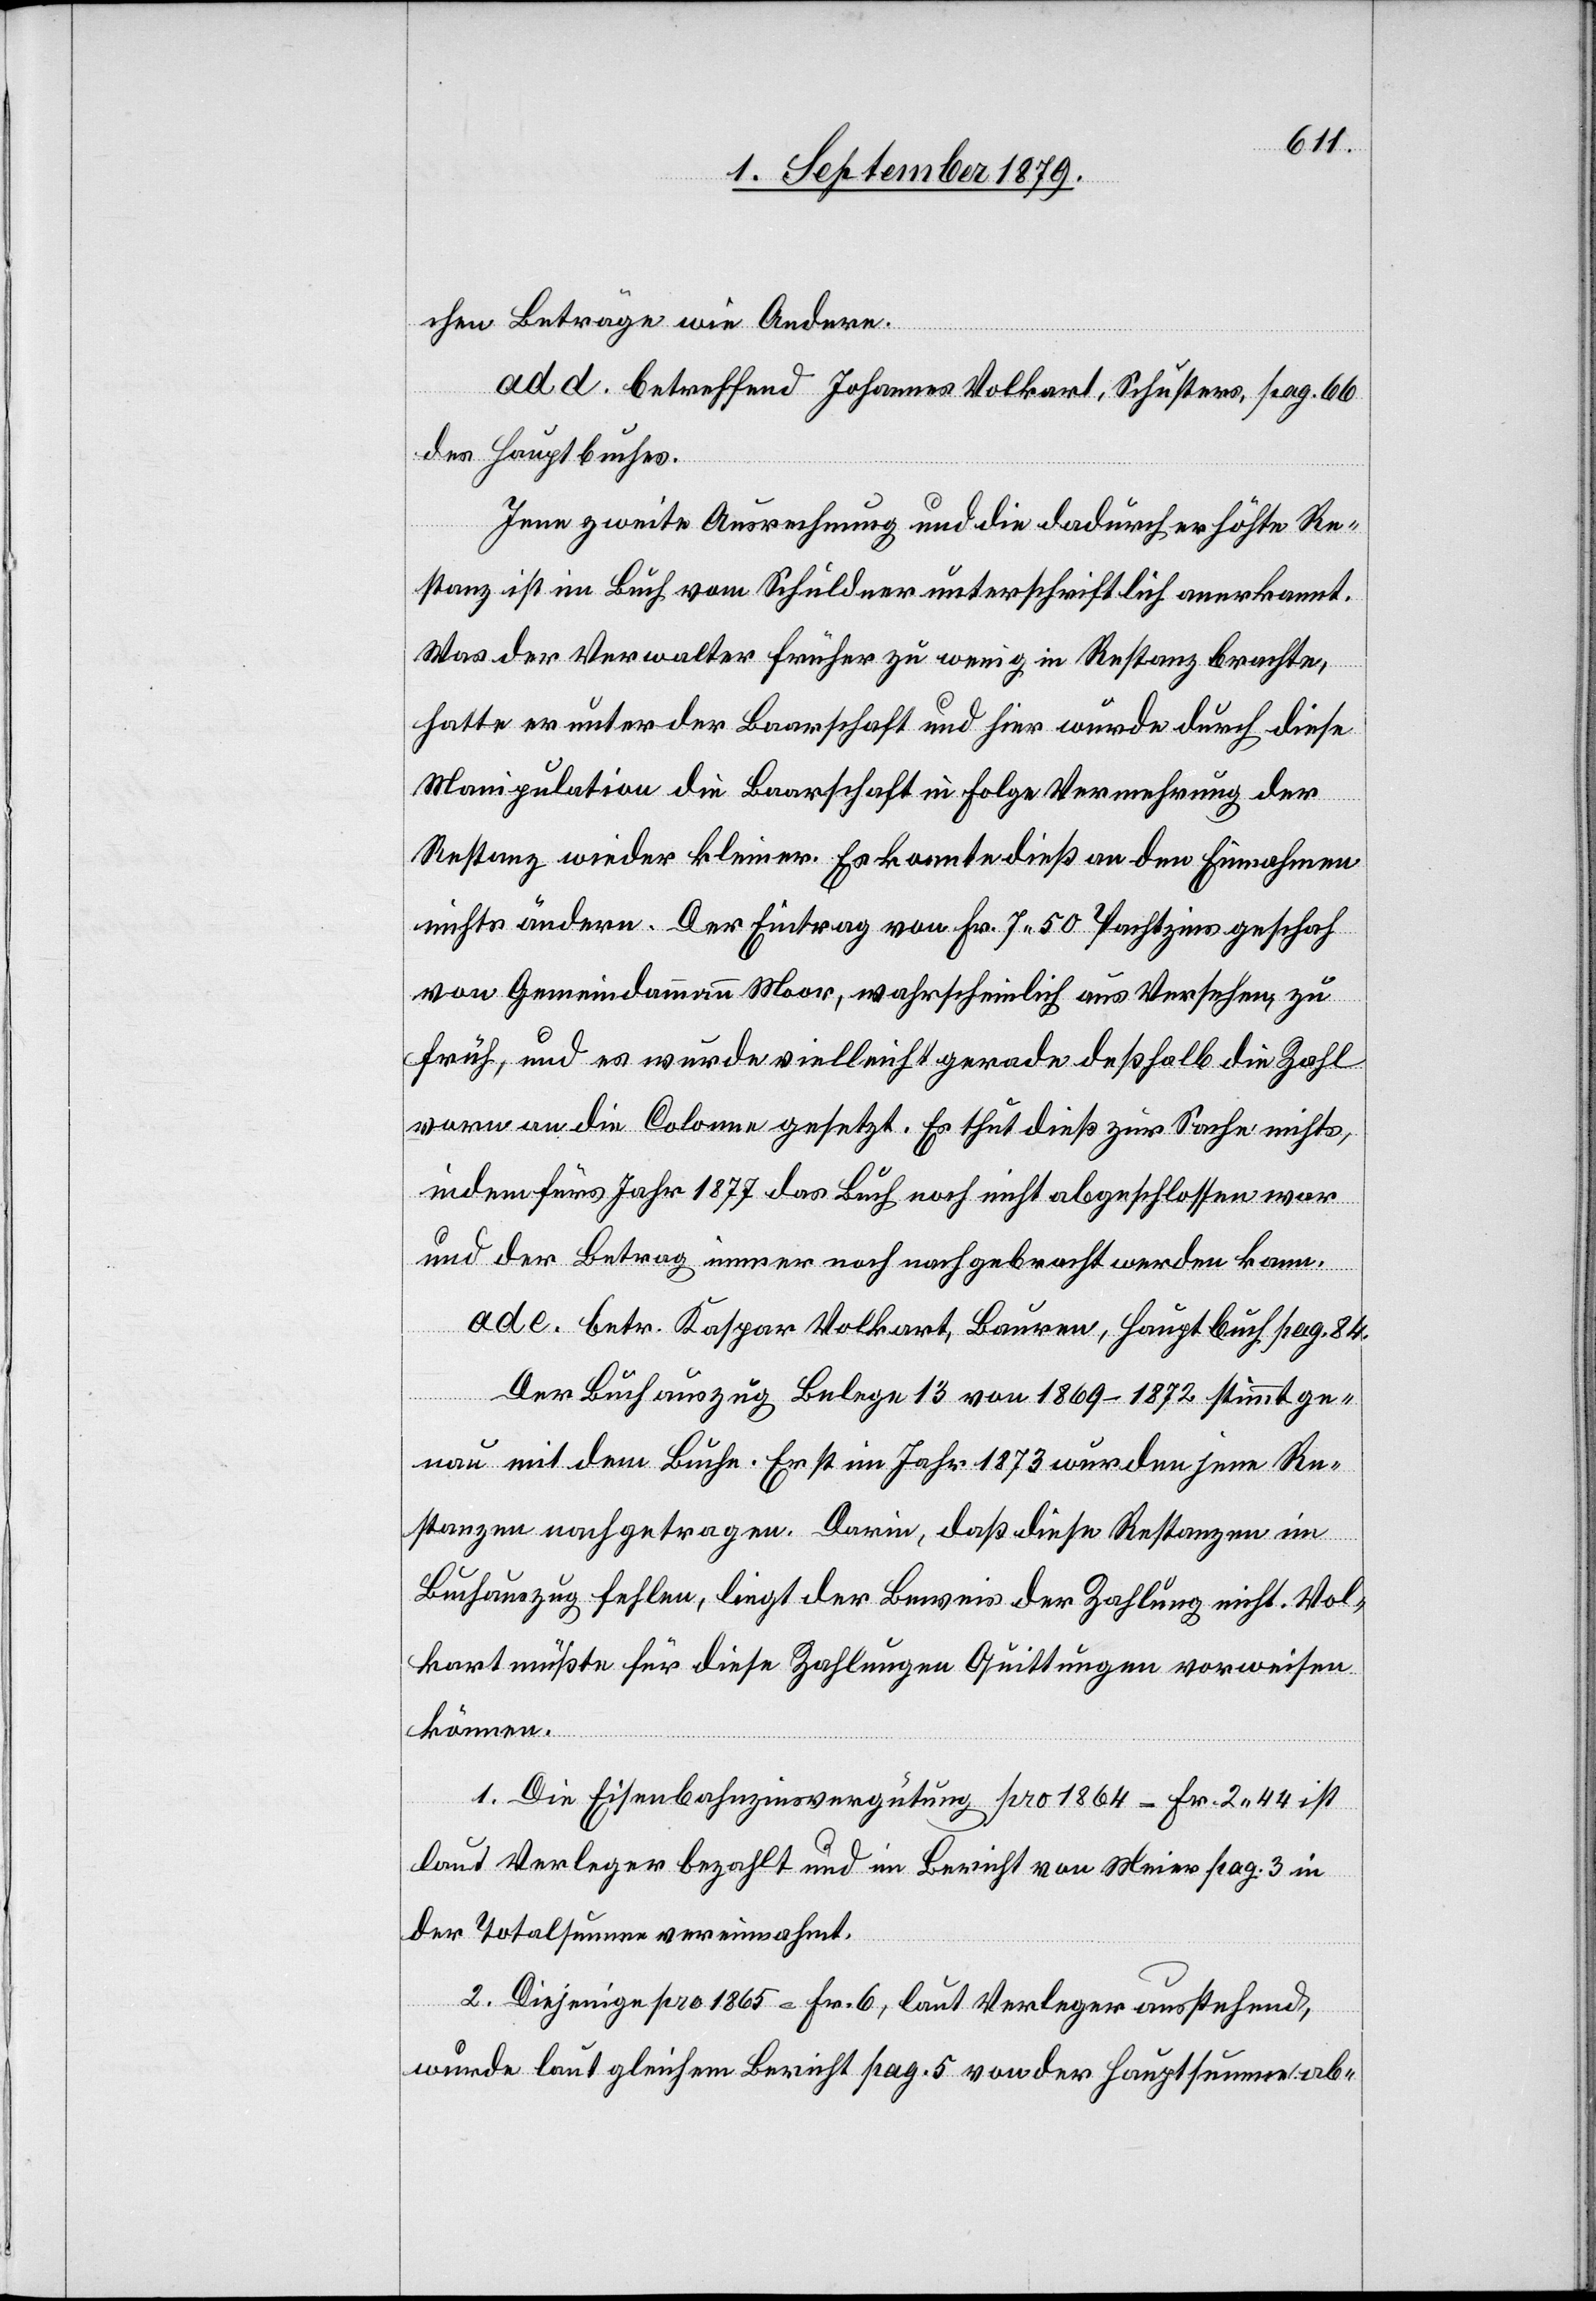
chen Beträge wie Andere.
ad. d. betreffend Johannes Volkart, Schuster, pag. 66
des Hauptbuches.
Jene zweite Ausrechnung und die dadurch erhöhte Re¬
stanz ist im Buch vom Schuldner unterschriftlich anerkannt.
Was der Verwalter früher zu wenig in Restanz brachte,
hatte er unter der Baarschaft und hier wurde durch diese
Manipulation die Baarschaft in Folge Vermehrung der
Restanz wieder kleiner. Es konnte dieß an den Einnahmen
nichts ändern. Der Eintrag von Fr. 7 50 Pachtzins geschah
von Gemeindammann Moor, wahrscheinlich aus Versehen, zu
früh, und es wurde vielleicht gerade deßhalb die Zahl
vorne an die Colonne gesetzt. Es thut dieß zur Sache nichts,
indem fürs Jahr 1877 das Buch noch nicht abgeschlossen war
und der Betrag immer noch nachgebracht werden kann.
ad. e. betr. Kaspar Volkart, Bauren, Hauptbuch pag. 84.
Der Buchauszug Belege 13 von 1869–1872 stimmt ge¬
nau mit dem Buche. Erst im Jahr 1873 wurden jene Re¬
stanzen nachgetragen. Darin, daß diese Restanzen im
Buchauszug fehlen, liegt der Beweis der Zahlung nicht. Vol¬
kart müßte für diese Zahlungen Quittungen vorweisen
können.
1. Die Eisenbahnvergütung pro 1864 = Fr. 2 44 ist
laut Verleger bezahlt und im Bericht von Meier pag. 3 in
der Totalsumme vereinnahmt.
2. Diejenige pro 1865 = Fr. 6, laut Verleger ausstehend,
wurde laut gleichem Bericht pag. 5 von der Hauptsumme ab-